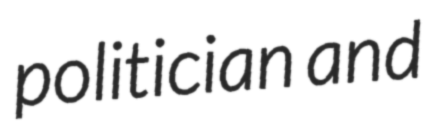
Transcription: politician and